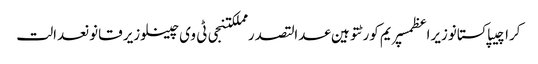
کراچیپاکستانوزیراعظمسپریم کورٹتوہین عدالتصدر مملکتنجی ٹی وی چینلوزیر قانونعدالت